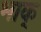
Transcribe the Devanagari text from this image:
भाक्‌